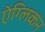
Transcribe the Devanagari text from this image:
ऐग्लिकन